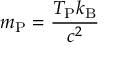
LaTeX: m _ { \mathrm { P } } = { \frac { T _ { \mathrm { P } } k _ { \mathrm { B } } } { c ^ { 2 } } }